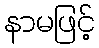
နာမဖြင့်